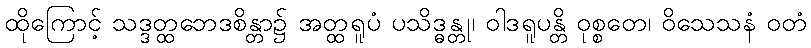
ထိုကြောင့် သဒ္ဒတ္ထဘေဒစိန္တာ၌ အတ္ထရူပံ ပသိဒ္ဓန္တု၊ ဝါဒရူပန္တိ ဝုစ္စတေ၊ ဝိသေသနံ ဝတံ